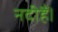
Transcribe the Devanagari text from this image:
नदीहैं।